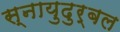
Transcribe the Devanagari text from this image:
स्नायुदुर्बल